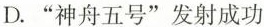
D.“神舟五号”发射成功